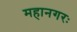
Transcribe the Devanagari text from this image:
महानगरः